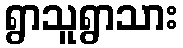
ရွာသူရွာသား